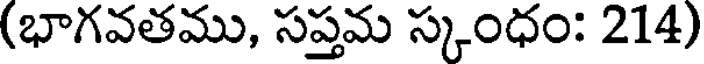
(భాగవతము, సప్తమ స్కంధం: 214)